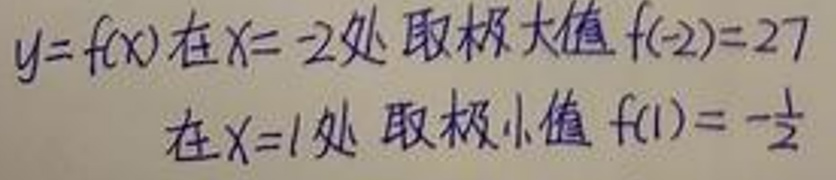
\(&y = f(x) \)在\( x = - 2 \)处取极大值\( f(-2)=27\)\\
&在\( x = 1 \)处取极小值\( f(1)=-\frac{1}{2}\)